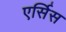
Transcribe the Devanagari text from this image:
एर्सिस